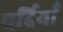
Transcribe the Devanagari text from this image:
वर्दियाँ